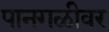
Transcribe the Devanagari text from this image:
पानगळीवर